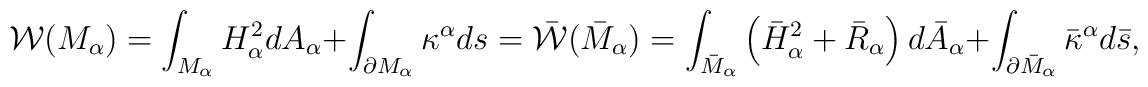
{\cal W}(M_{\alpha})=\int_{M_{\alpha}}H_{\alpha}^2dA_{\alpha}+\int_{\partial M_{\alpha}}\kappa^{\alpha} ds=\bar{\cal W}(\bar{M}_{\alpha})=\int_{\bar{M}_{\alpha}}\left(\bar{H}_{\alpha}^2+\bar{R}_{\alpha}\right) d\bar{A}_{\alpha}+\int_{\partial\bar{M}_{\alpha}}\bar{\kappa}^{\alpha}d\bar{s},